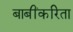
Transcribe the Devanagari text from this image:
बाबींकरिता